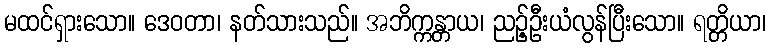
မထင်ရှားသော။ ဒေဝတာ၊ နတ်သားသည်။ အဘိက္ကန္တာယ၊ ညဉ့်ဦးယံလွန်ပြီးသော။ ရတ္တိယာ၊